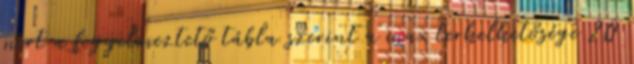
mert a figyelmeztető tábla szerint a max terhelhetősége 20